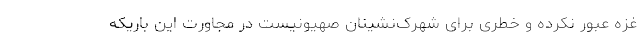
غزه عبور نکرده و خطری برای شهرک‌نشینان صهیونیست در مجاورت این باریکه